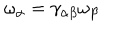
\omega _ { \alpha } = \gamma _ { \alpha \beta } \omega _ { \beta }